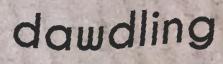
dawdling